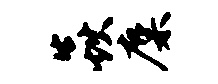
焱麋